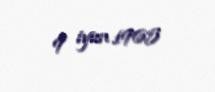
9 iyun 1965